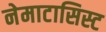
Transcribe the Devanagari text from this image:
नेमाटासिस्ट